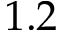
1 . 2